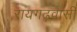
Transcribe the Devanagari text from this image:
रायगढ़वासी